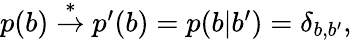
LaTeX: \begin{array}{r}{p(b)\stackrel{*}{\rightarrow}p^{\prime}(b)=p(b|b^{\prime})=\delta_{b,b^{\prime}},}\end{array}